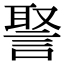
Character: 𧩞